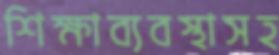
শিক্ষাব্যবস্থাসহ